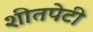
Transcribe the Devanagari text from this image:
शीतपेटी